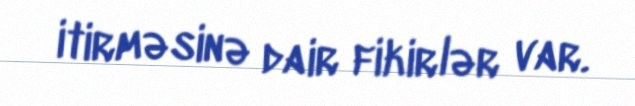
itirməsinə dair fikirlər var.